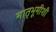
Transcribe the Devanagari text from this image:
मातृभूमीशी